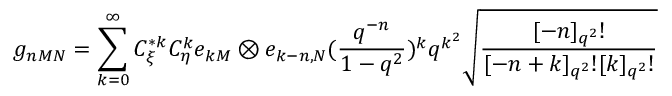
g _ { n M N } = \sum _ { k = 0 } ^ { \infty } C _ { \xi } ^ { * k } C _ { \eta } ^ { k } e _ { k M } \otimes e _ { k - n , N } ( \frac { q ^ { - n } } { 1 - q ^ { 2 } } ) ^ { k } q ^ { k ^ { 2 } } \sqrt { \frac { [ - n ] _ { q ^ { 2 } } ! } { [ - n + k ] _ { q ^ { 2 } } ! [ k ] _ { q ^ { 2 } } ! } }